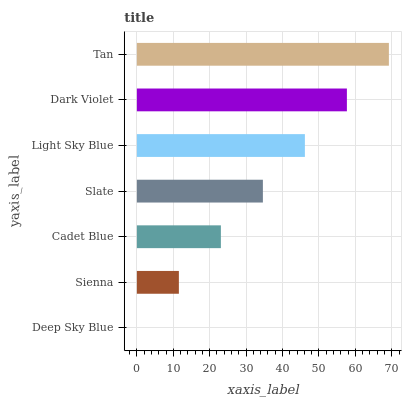
| yaxis_label | bars |
 | --- | --- |
 | Deep Sky Blue | 0 |
 | Sienna | 11.5 |
 | Cadet Blue | 23.1 |
 | Slate | 34.6 |
 | Light Sky Blue | 46.1 |
 | Dark Violet | 57.7 |
 | Tan | 69.2 |